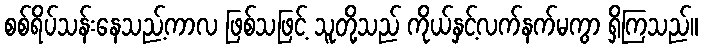
စစ်ရိပ်သန်းနေသည့်ကာလ ဖြစ်သဖြင့် သူတို့သည် ကိုယ်နှင့်လက်နက်မကွာ ရှိကြသည်။